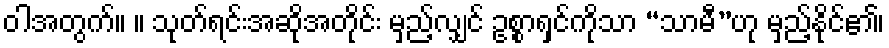
ဝါအတွက်။ ။ သုတ်ရင်းအဆိုအတိုင်း မှည့်လျှင် ဥစ္စာရှင်ကိုသာ “သာမီ”ဟု မှည့်နိုင်၏၊